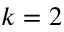
k = 2